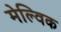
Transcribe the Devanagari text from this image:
मेल्विक